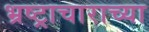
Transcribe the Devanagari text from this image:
भ्रष्ट्राचाराच्या